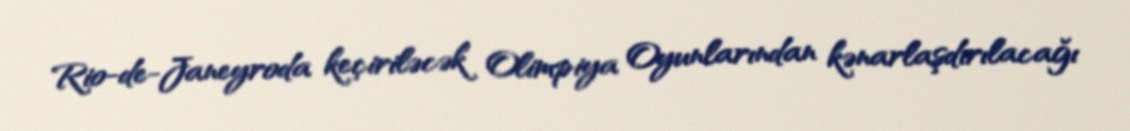
Rio-de-Janeyroda keçiriləcək Olimpiya Oyunlarından kənarlaşdırılacağı